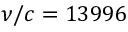
\nu / c = 1 3 9 9 6